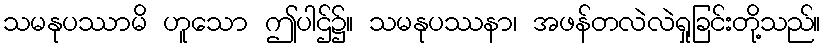
သမနုပဿာမိ ဟူသော ဤပါဌ်၌။ သမနုပဿနာ၊ အဖန်တလဲလဲရှုခြင်းတို့သည်။